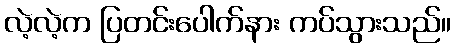
လဲ့လဲ့က ပြတင်းပေါက်နား ကပ်သွားသည်။